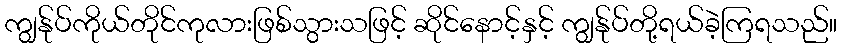
ကျွန်ုပ်ကိုယ်တိုင်ကုလားဖြစ်သွားသဖြင့် ဆိုင်နောင့်နှင့် ကျွန်ုပ်တို့ရယ်ခဲ့ကြရသည်။